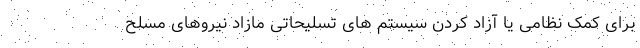
برای کمک نظامی یا آزاد کردن سیستم های تسلیحاتی مازاد نیروهای مسلح